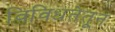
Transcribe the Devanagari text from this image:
विविधतेतून